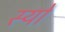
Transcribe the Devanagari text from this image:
स्यों